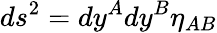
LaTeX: ds^{2}=dy^{A}dy^{B}\eta_{AB}